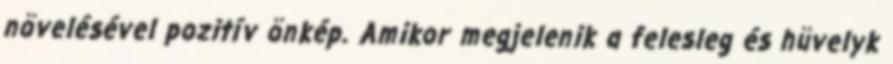
növelésével pozitív önkép. Amikor megjelenik a felesleg és hüvelyk